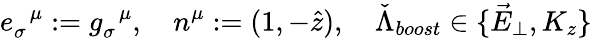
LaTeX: e_{\sigma}^{\; \; \mu}:=g_{\sigma}^{\; \; \mu},\quad n^{\mu}:=(1,-\hat{z}),\quad\check{\Lambda}_{boost}\in\{ \vec{E}_{\perp},K_{z}\}